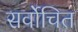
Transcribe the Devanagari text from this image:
सर्वोचित